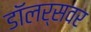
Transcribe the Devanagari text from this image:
डॉलर्सवर